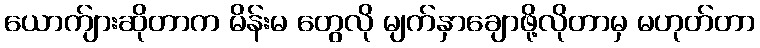
ယောက်ျားဆိုတာက မိန်းမ တွေလို မျက်နှာချောဖို့လိုတာမှ မဟုတ်တာ